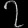
Digit: ၇